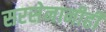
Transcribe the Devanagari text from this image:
सरसेनानीही